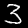
Digit: 3